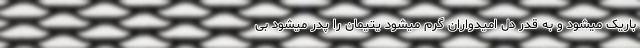
باریک میشود و به قدر دل امیدواران گرم میشود یتیمان را پدر میشود بی